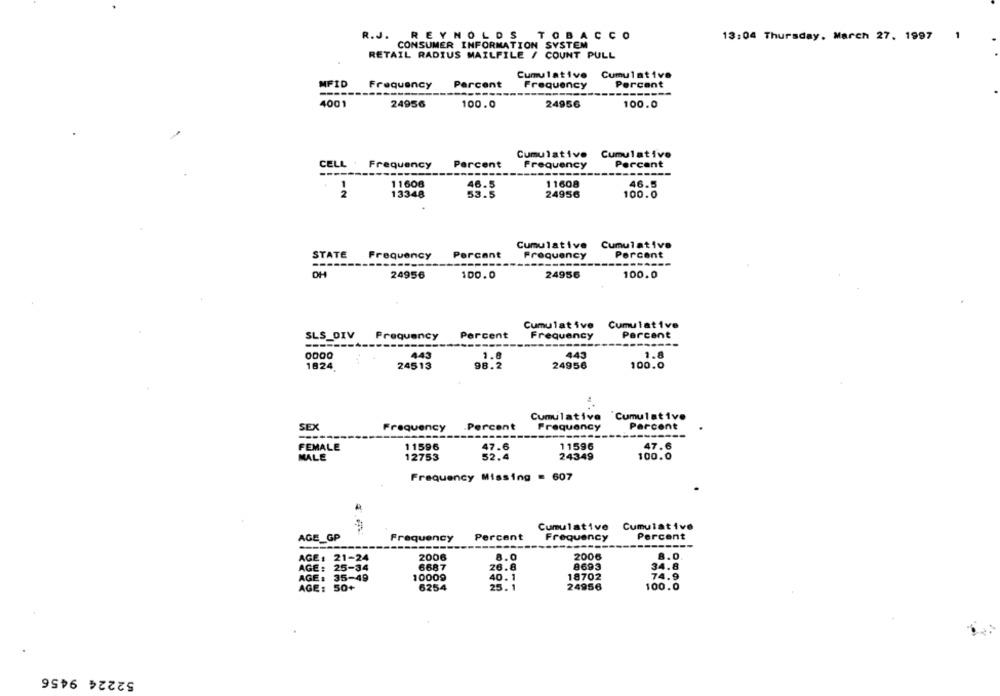
R.J. REYNOLDS TOBACCO
1
13:04 Thursday, March 27. 1997
CONSUMER INFORMATION SYSTEM
RETAIL RADIUS MAILFILE / COUNT PULL
Cumulative Cumulative
MFID
Frequency
Percent
Frequency
Percent
-----
4001
24956
100.0
24956
100.0
Cumulative Cumulative
CELL
Frequency
Percent
Frequency
Percent
--
1
11608
46.5
11608
46.5
2
13348
24956
100.0
Cumulative Cumulative
STATE
Frequency
Percent
Frequency
Percent
OH
24956
100.0
24956
100.0
Cumulative Cumulative
SLS_DIV
Percent
Frequency
Frequency
Percent
-------
443
1.0
443
1824
24513
98.2
24956
100.0
Cumulative 'Cumulative
Percent
SEX
Frequency
Percent
Frequency
FEMALE
11596
47.6
11596
47.6
MALE
12753
52.4
24349
100.0
Frequency Missing = 607
Cumulative Cumulative
Percent
Percent
AGE_GP
Frequency
Frequency
AGE : 21-24
2006
8.0
2006
8.0
AGE :
25-34
6687
26.8
8693
34.8
AGE: 35-49
10009
40. 1
18702
74.9
24956
AGE: 50+
6254
25. 1
100.0
52224 9456